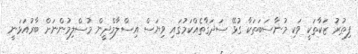
ފިޠުރު ޒަކާތަކީ ވަކި މުނާސަބަތަކާ ގުޅޭ ސަދަޤާތެއްކަމުގައި ވިޔަސް އިސްލާމްދީން މުސްލިމުންނަށް ބާރުއަޅަނީ